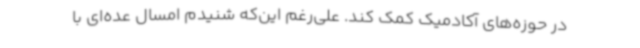
در حوزه‌های آکادمیک کمک کند. علی‌رغم این‌که شنیدم امسال عده‌ای با